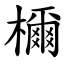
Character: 檷